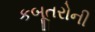
કબૂતરોની